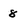
Character: 8